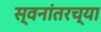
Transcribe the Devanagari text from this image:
स्वनांतरच्या